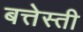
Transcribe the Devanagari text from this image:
बत्तेस्ती